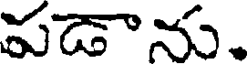
పడాను.